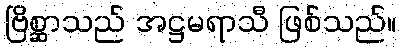
ဗြိစ္ဆာသည် အဋ္ဌမရာသီ ဖြစ်သည်။